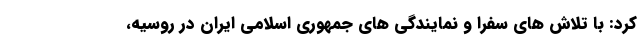
کرد: با تلاش های سفرا و نمایندگی های جمهوری اسلامی ایران در روسیه،